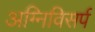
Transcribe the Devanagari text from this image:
अग्निविसर्प